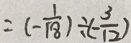
= ( - \frac { 1 } { 1 8 } ) \div ( - \frac { 3 } { 1 2 } )